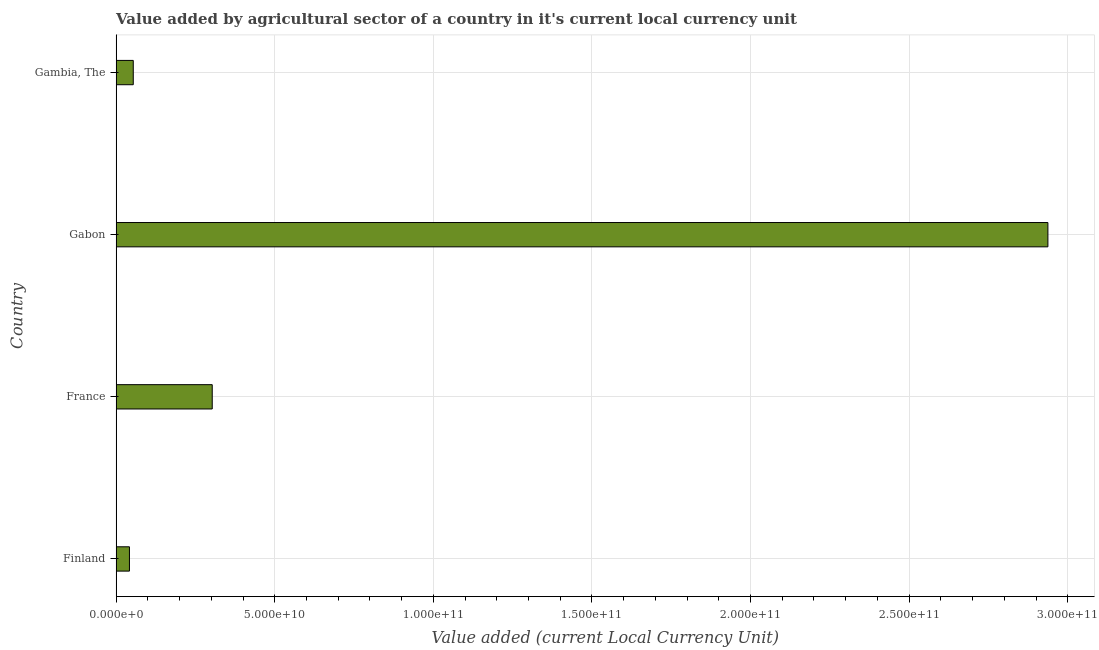
| Country | Agriculture |
 | --- | --- |
 | Finland | 4.2e+09 |
 | France | 3.03e+10 |
 | Gabon | 2.94e+11 |
 | Gambia, The | 5.4e+09 |